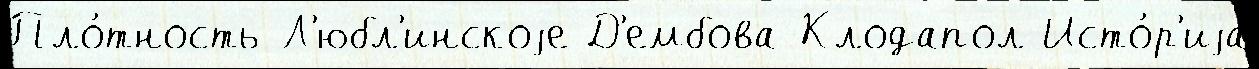
Пло́тность Л'юбл'инскоjе Д'ембова-Клодапол Исто́р'иjа